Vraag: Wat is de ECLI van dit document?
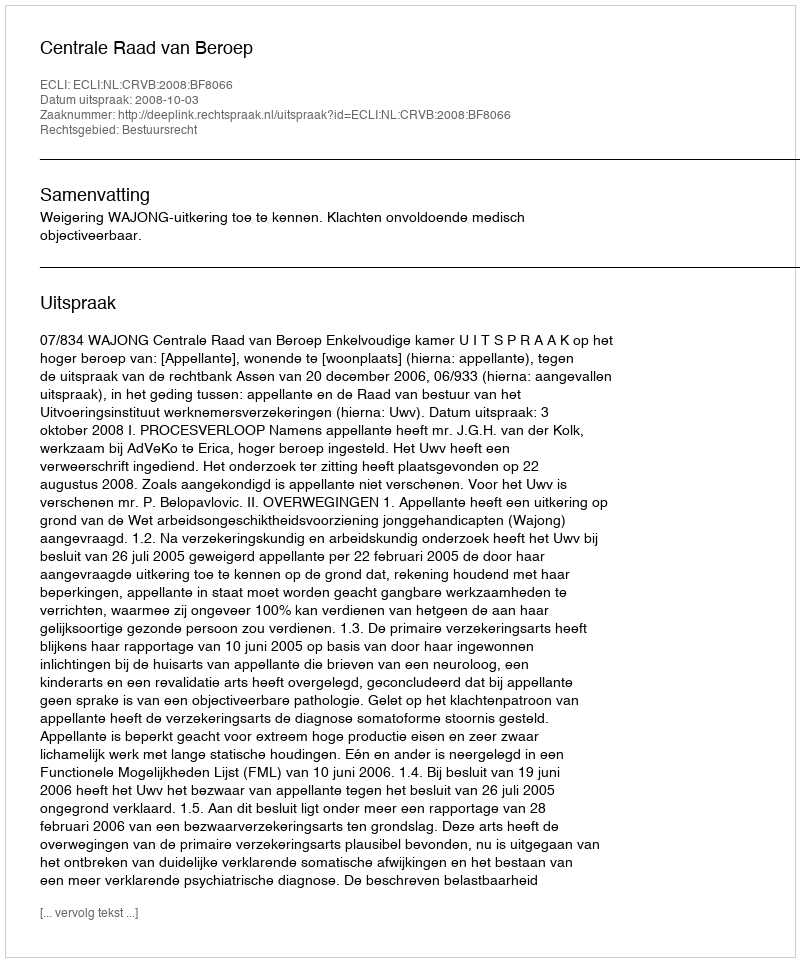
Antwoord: ECLI:NL:CRVB:2008:BF8066